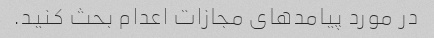
در مورد پیامدهای مجازات اعدام بحث کنید.